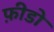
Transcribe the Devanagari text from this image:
फ़ीडो